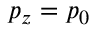
p _ { z } = p _ { 0 }